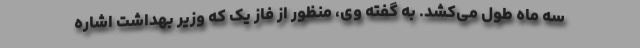
سه ماه طول می‌کشد. به گفته وی، منظور از فاز یک که وزیر بهداشت اشاره